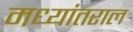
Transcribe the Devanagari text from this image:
मध्यांतराल